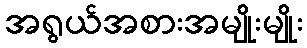
အရွယ်အစားအမျိုးမျိုး